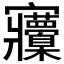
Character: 𡬒